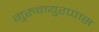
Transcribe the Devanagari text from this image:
गुरुवायुरप्पास